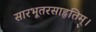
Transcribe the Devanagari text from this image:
सारभूतरसाहृतिम्।